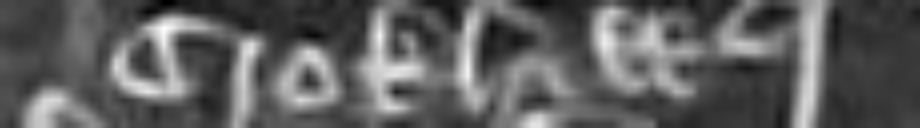
crokhill